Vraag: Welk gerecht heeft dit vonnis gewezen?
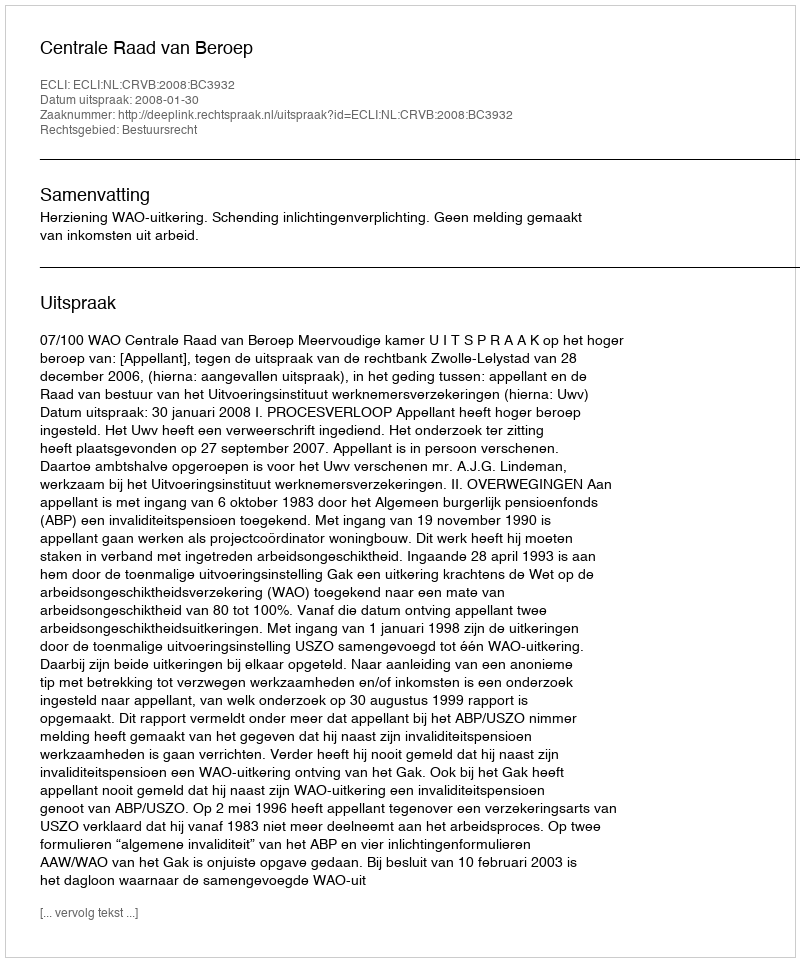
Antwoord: Centrale Raad van Beroep